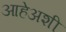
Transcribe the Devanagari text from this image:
आहेअशी